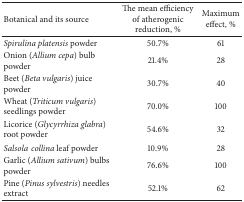
<table><thead><tr><td><b>Botanical and its source</b></td><td><b>The mean efficiency of atherogenic reduction, %</b></td><td><b>Maximum effect, %</b></td></tr></thead><tbody><tr><td><i>Spirulina platensis</i> powder </td><td>50.7%</td><td>61</td></tr><tr><td>Onion (<i>Allium cepa</i>) bulb powder </td><td>21.4%</td><td>28</td></tr><tr><td>Beet (<i>Beta vulgaris</i>) juice powder </td><td>30.7%</td><td>40</td></tr><tr><td>Wheat (<i>Triticum vulgaris</i>) seedlings powder </td><td>70.0%</td><td>100</td></tr><tr><td>Licorice (<i>Glycyrrhiza glabra</i>) root powder </td><td>54.6%</td><td>32</td></tr><tr><td><i>Salsolacollina</i> leaf powder</td><td>10.9%</td><td>28</td></tr><tr><td>Garlic (<i>Allium sativum</i>) bulbs powder </td><td>76.6%</td><td>100</td></tr><tr><td>Pine (<i>Pinus sylvestris</i>) needles extract</td><td>52.1%</td><td>62</td></tr></tbody></table>